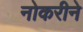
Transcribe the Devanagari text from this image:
नोकरीने